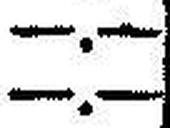
—.—